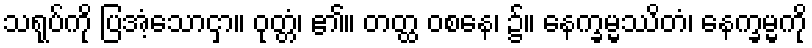
သရုပ်ကို ပြအံ့သောငှာ။ ဝုတ္တံ၊ ၏။ တတ္ထ ဝစနေ၊ ၌။ နေက္ခမ္မဿိတံ၊ နေက္ခမ္မကို